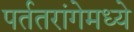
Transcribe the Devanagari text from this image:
पर्ततरांगेमध्ये